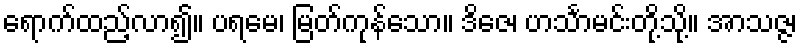
ရောက်ထည့်လာ၍။ ပရမေ၊ မြတ်ကုန်သော။ ဒိဇေ၊ ဟင်္သာမင်းတို့သို့။ အာသဇ္ဇ၊